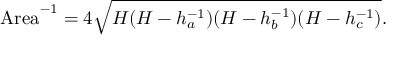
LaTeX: \mathrm { A r e a } ^ { - 1 } = 4 { \sqrt { H ( H - h _ { a } ^ { - 1 } ) ( H - h _ { b } ^ { - 1 } ) ( H - h _ { c } ^ { - 1 } ) } } .